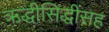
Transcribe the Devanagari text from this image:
ऋद्धीसिद्धींसह